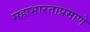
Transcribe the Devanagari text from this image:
महाभारताप्रमाणे